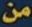
من